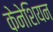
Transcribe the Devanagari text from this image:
केनेशियन